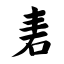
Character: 砉